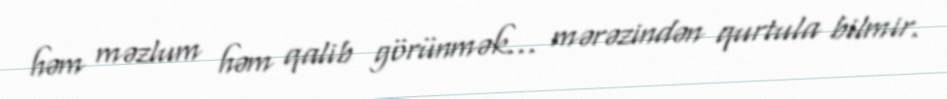
həm məzlum həm qalib görünmək… mərəzindən qurtula bilmir.